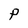
Character: P